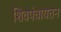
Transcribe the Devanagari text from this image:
शिवपंचायतन